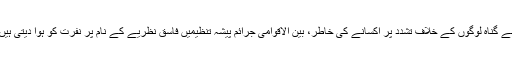
بے گناہ لوگوں کے خلاف تشدد پر اکسانے کی خاطر، بین الاقوامی جرائم پیشہ تنظیمیں فاسق نظریے کے نام پر نفرت کو ہوا دیتی ہیں۔